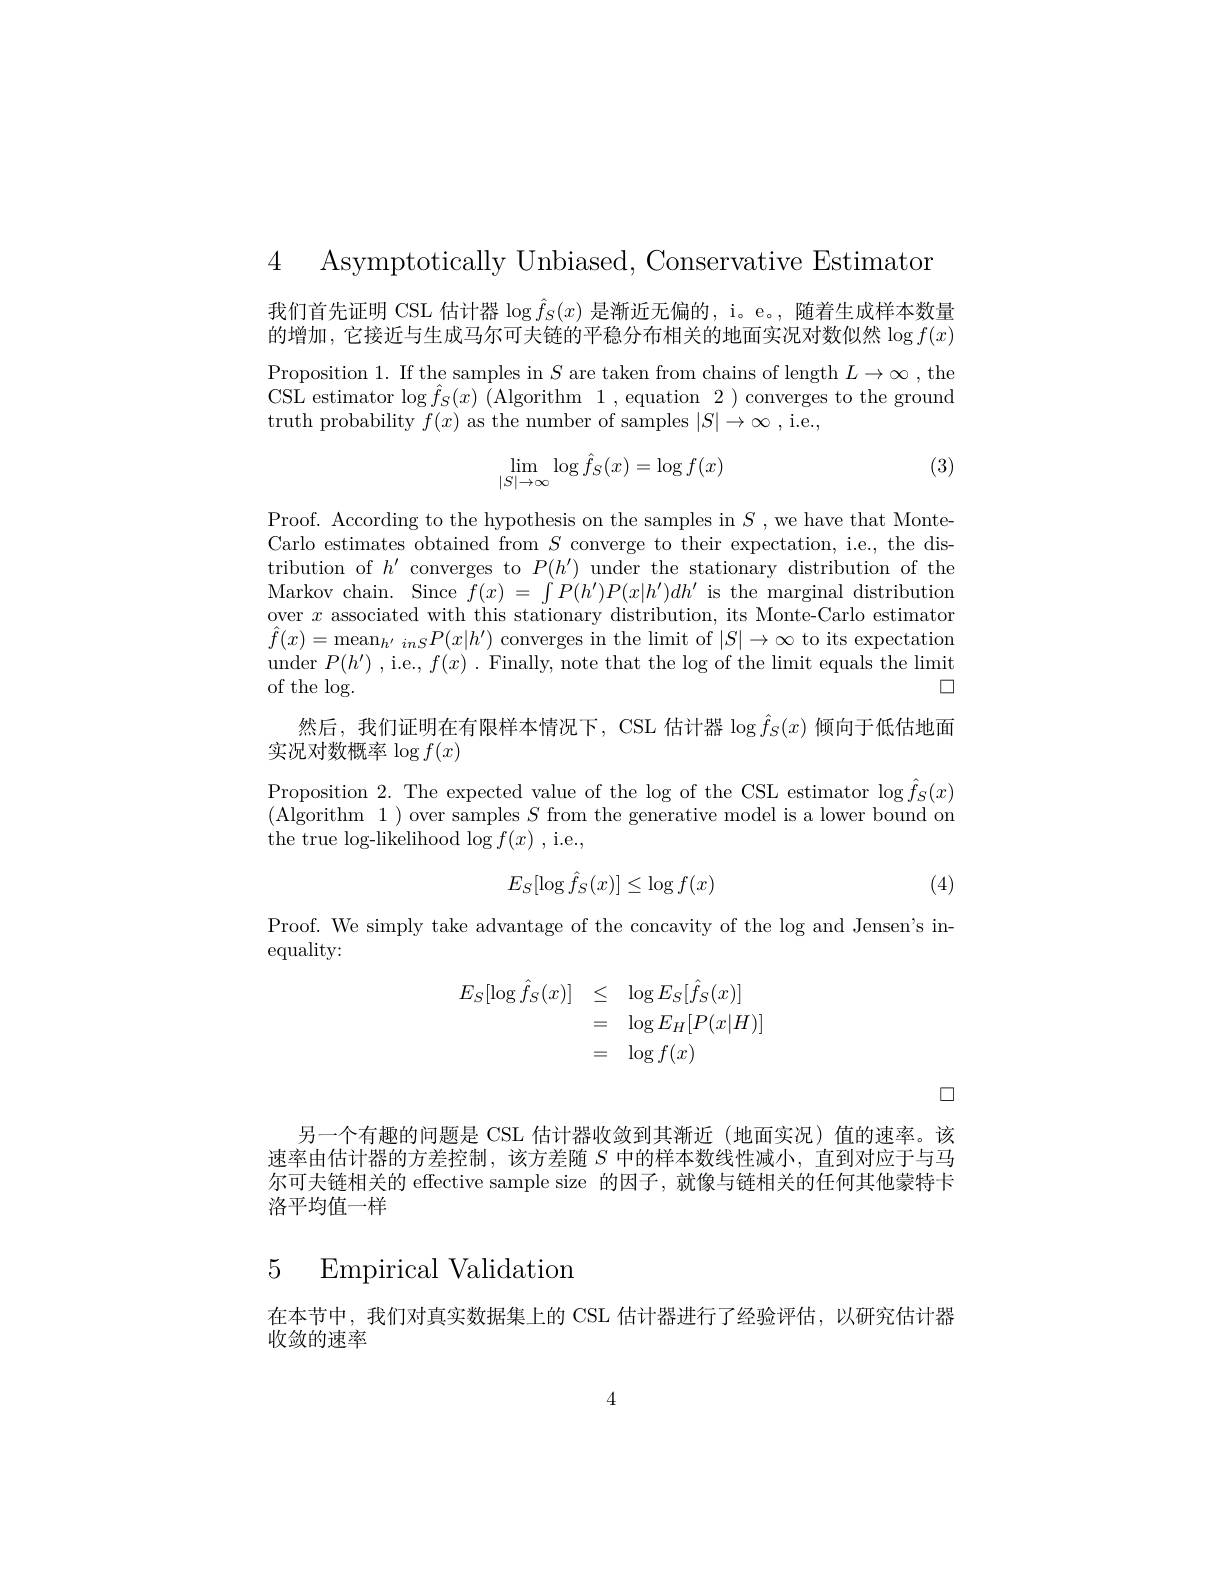
4 Asymptotically Unbiased, Conservative Estimaton

我们首先证明 CSL 估计器$\log\hat{f}_S(x)$是渐近无偏的，i。e。,随着生成样本数量的增加，它接近与生成马尔可夫链的平稳分布相关的地面实况对数似然$\log f(x)$ Proposition 1. If the samples in $S$ are taken from chains of length $L\to\infty$ , the CSL estimator log $\hat{f} _{S}( x)$ (Algorithm 1, equation 2) converges to the ground truth probability $f(x)$ as the number of samples $|S|\to\infty$,i.e.,
$$\lim\limits_{|S|\to\infty}\log\hat{f}_S(x)=\log f(x)$$
(3)

Proof. According to the hypothesis on the samples in $S$ ,we have that MonteCarlo estimates obtained from $S$ converge to their expectation, i.e., the distribution of $h^\prime$ converges to $P(h^{\prime})$ under the stationary distribution of the Markov chain. Since $f(x)=\int P(h^{\prime})P(x|h^{\prime})dh^{\prime}$ is the marginal distribution over $x$ associated with this stationary distribution, its Monte-Carlo estimator $\hat{f}(x)=\operatorname*{mean}_{h^{\prime}}{inS}P(x|h^{\prime})$ converges in the limit of $|S|\to\infty$ to its expectation under $P(h^{\prime})$ , i.e., $f(x)$ . Finally, note that the log of the limit equals the limit of the log.
口
然后，我们证明在有限样本情况下，CSL 估计器$\log\hat{f}_S(x)$ 倾向于低估地面
实况对数概率$\log f(x)$
$\begin{array}{l}{\mathrm{Proposition~2.~The~expected~value~of~the~log~of~the~CSL~estimator~}\log\hat{f}_{S}(x)}\\{\mathrm{(Algorithm~1~)~over~samples~}S~from~the~generative~model~is~a~lower~bound~on}\end{array}$

the true log-likelihood $\log f(x)$ , i.e.,
$$E_S[\log\hat{f}_S(x)]\leq\log f(x)$$
(4)

Proof. We simply take advantage of the concavity of the log and Jensen's in-
equality:
$$\begin{array}{lll}E_S[\log\hat{f}_S(x)]&\le&\log E_S[\hat{f}_S(x)]\\&=&\log E_H[P(x|H)]\\&=&\log f(x)\end{array}$$
$\square$

另一个有趣的问题是 CSL 估计器收敛到其渐近(地面实况)值的速率。该速率由估计器的方差控制，该方差随$S$中的样本数线性减小，直到对应于与马尔可夫链相关的 effective sample size 的因子，就像与链相关的任何其他蒙特卡洛平均值一样

5 Empirical Validation

在本节中，我们对真实数据集上的 CSL 估计器进行了经验评估，以研究估计器
收敛的速率

4